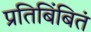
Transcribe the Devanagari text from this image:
प्रतिबिंबितं